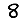
Digit: 8